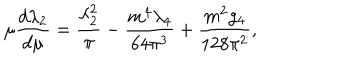
LaTeX: \mu { \frac { d \lambda _ { 2 } } { d \mu } } = { \frac { \lambda _ { 2 } ^ { 2 } } { \pi } } - { \frac { m ^ { 4 } \lambda _ { 4 } } { 6 4 \pi ^ { 3 } } } + { \frac { m ^ { 2 } g _ { 4 } } { 1 2 8 \pi ^ { 2 } } } ,